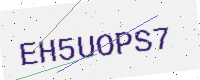
Text: EH5UOPS7